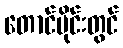
တောင်ပိုင်းတွင်